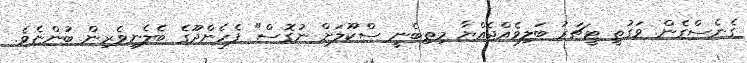
ގެނެސްގެން. ވަގުތީ ޓީޗަރު ބަލިވެއްޖެއްޔާ މިތިބެނީ ސްކޫލަށް ނުގޮސް" ފެހެންދޫގެ ބެލެނިވެރިން ބުންޏެވެ.